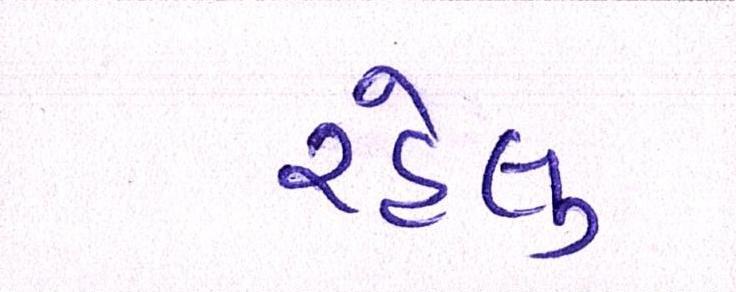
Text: રહેલુ